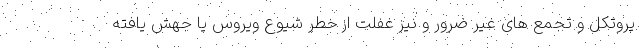
پروتکل و تجمع های غیر ضرور و نیز غفلت از خطر شیوع ویروس یا جهش یافته